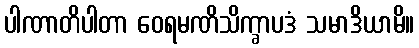
ပါဏာတိပါတာ ဝေရမဏိသိက္ခာပဒံ သမာဒိယာမိ။